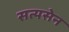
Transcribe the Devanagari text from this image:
सत्यसेन